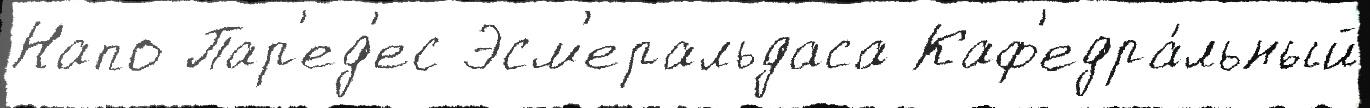
Напо Пар'ед'ес Эсм'еральдаса Каф'едра́льный